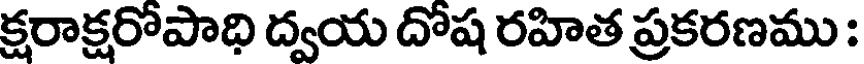
క్షరాక్షరోపాధి ద్వయ దోష రహిత ప్రకరణము :